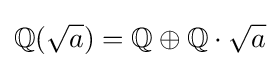
\mathbb {Q} ({\sqrt {a}})=\mathbb {Q} \oplus \mathbb {Q} \cdot {\sqrt {a}}